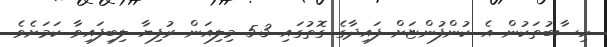
ހިސާބުތަކުން އެ ކުންފުންޏަށް ފައިދާގެ ގޮތުގައި 5.3 މިލިއަން ރުފިޔާ ލިބިފައިވާ ކަމަށެވެ.